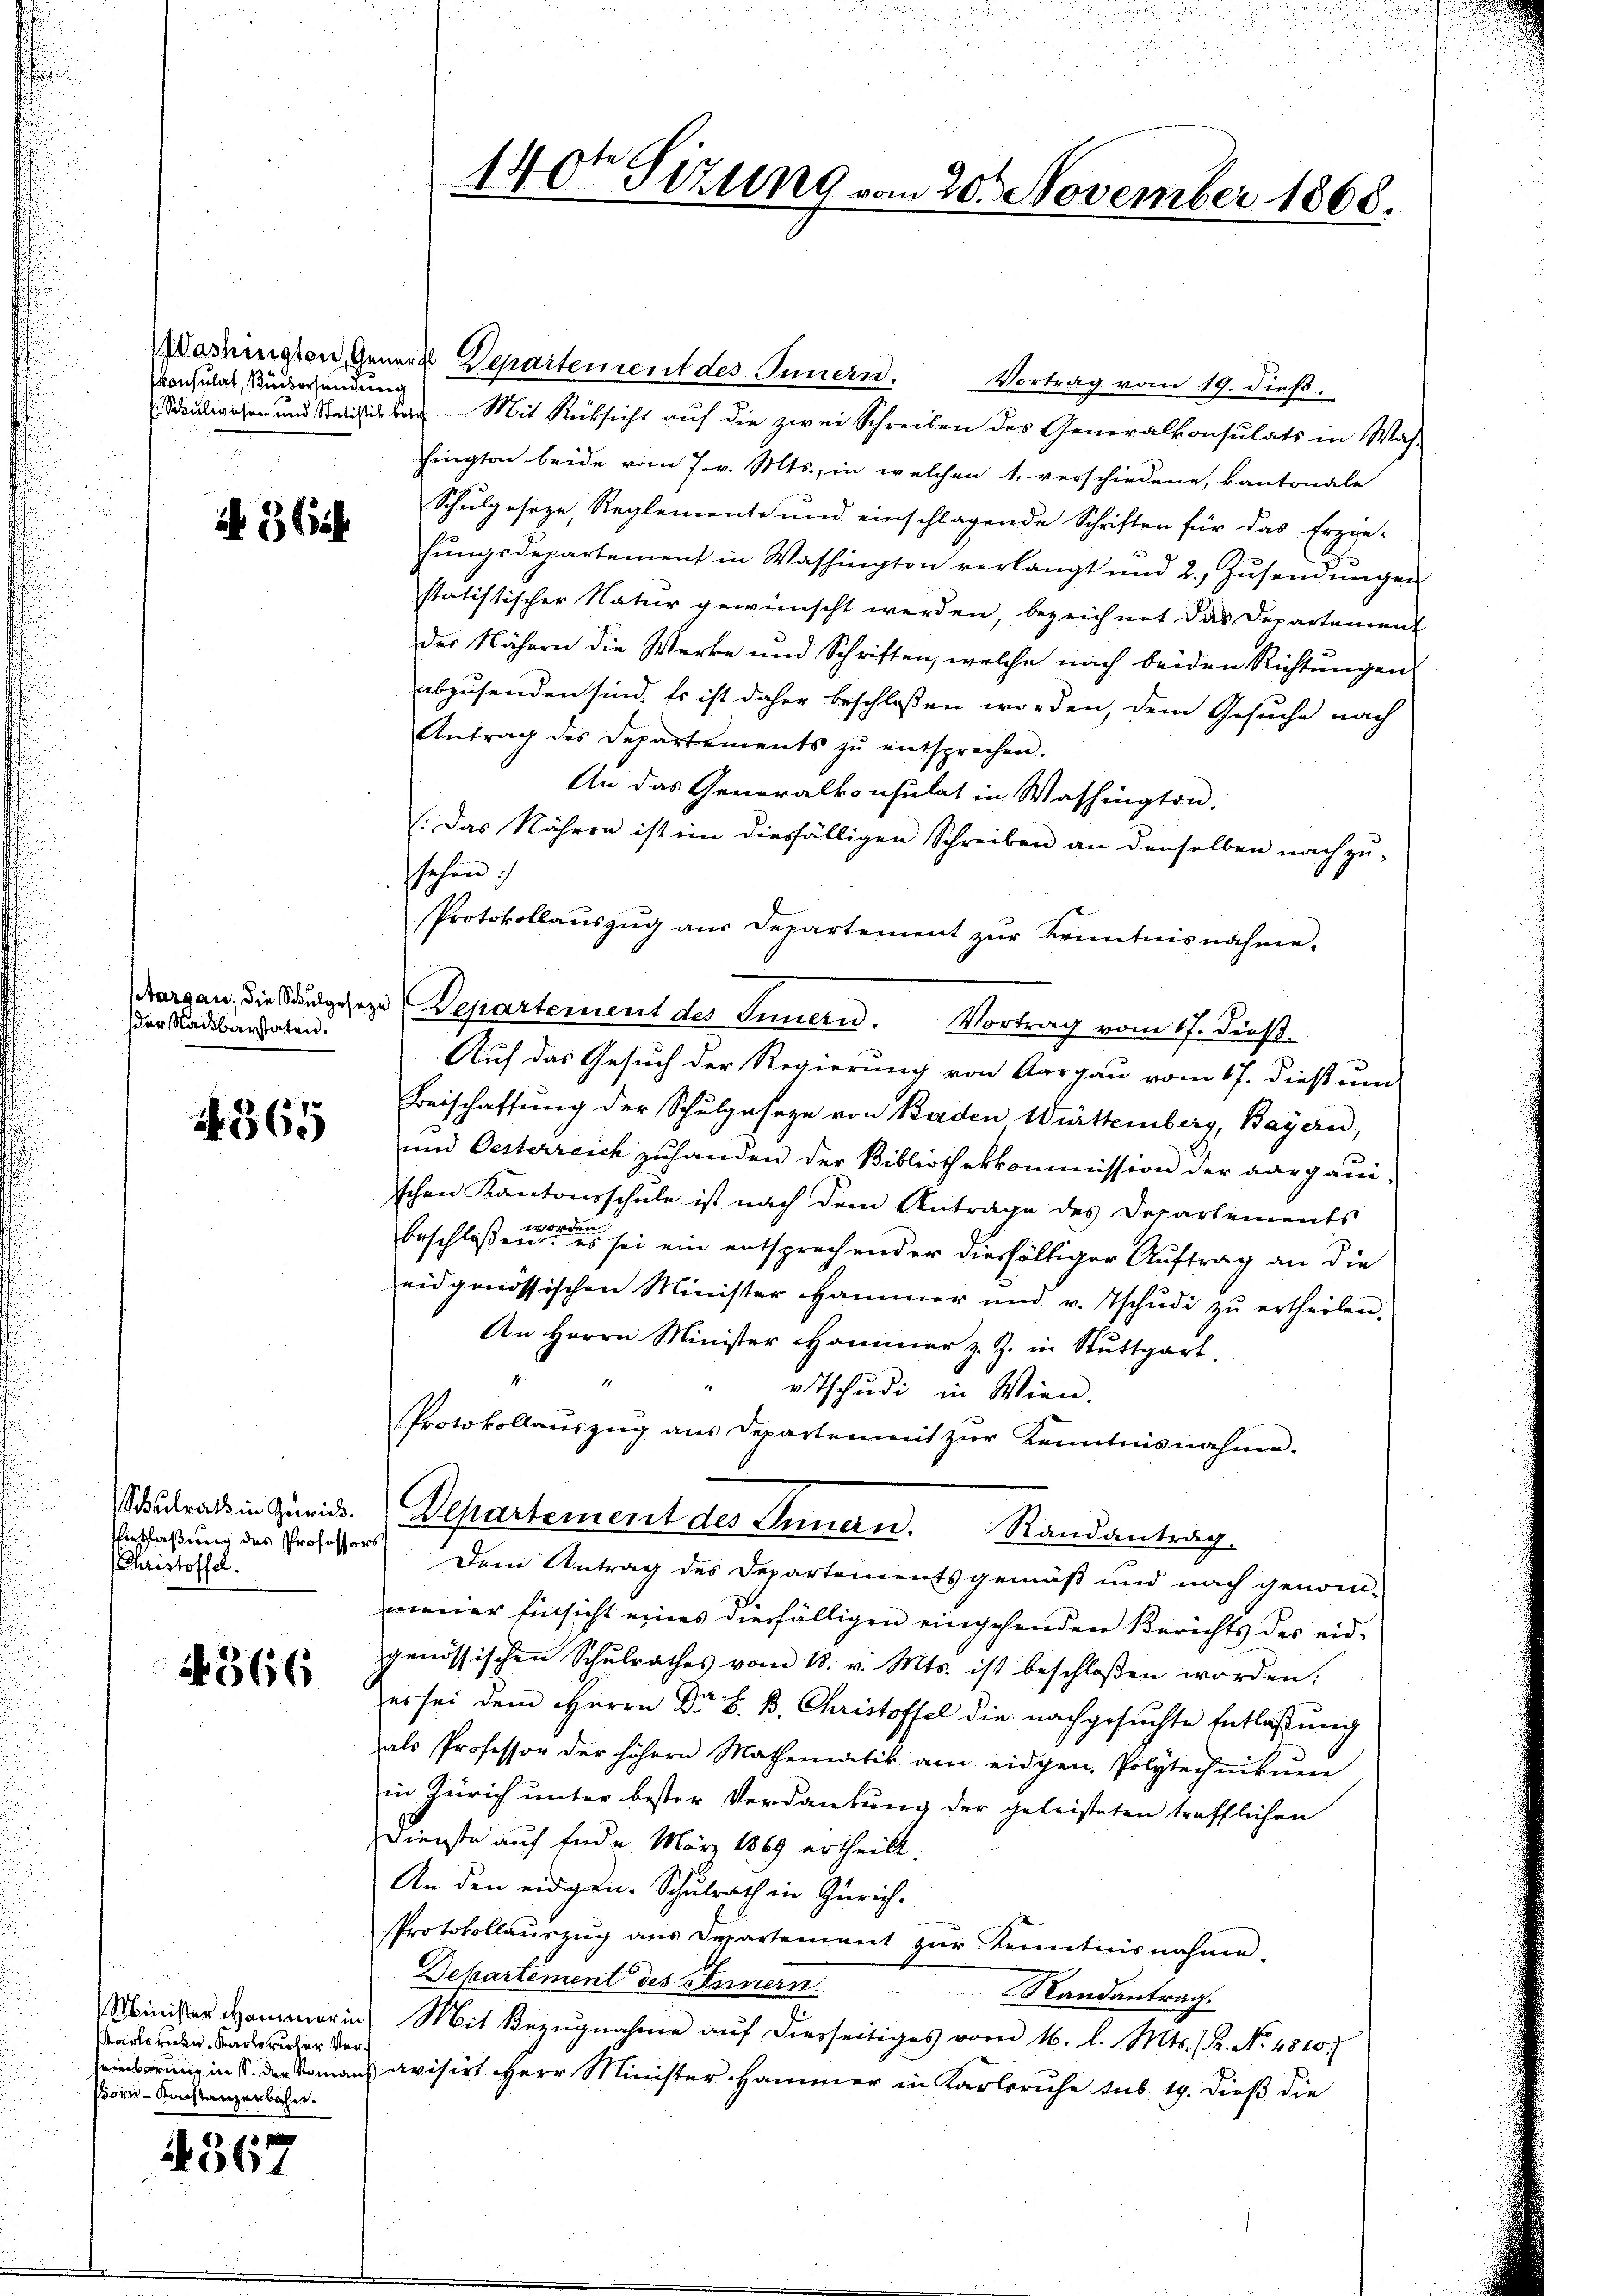
konsulat, übersendung

i 3 Cit

der Nachbarstaten.

365

Entlaßung des Professors
Christoffel.

4366

Minister Hammer in
Kartorien, Karlsruher Versare Konstanzerbahn.

4367

Workigten Gener Departenient des Innern.
Vortrag vom 19. dieß.
Schulwesen und Salisieben Mit Rücksicht auf die zwei Schreiben des Generalkonsulats in Was-
fington beide vom 7. v. Mts., in welchen 1, verschiedene, kantonale
Schulgeseze, Reglemente und einschlagende Schriften für das Erzie-
hŭngsdepartement in Washington verlangt und 2. Zŭsendŭngen
statistischer Natur gewünscht werden, bezeichnet das Departement
der Nähern die Werke und Schriften, welche nach beiden Richtungen
abzusenden sind. Es ist daher beschlossen worden, dem Gesuche nach
Antrag des Departements zŭ entsprechen.
An das Generalkonsulat in Washington.
(Das Nähren ist im diesfälligen Schreiben an denselben nach zu-
sehen:
Protokollaŭszŭg aŭs Departement zŭr Kenntnisnahme.
Margau, die Sandgeseze Departement des Innern. Vortrag vom 17. dieß¬
Auf das Gesuch der Regierung von Aargau vom 17. dieß um
Beischaffung der Schulgeseze von Baden Württemberg, Bayern,
und Oesterreich zuhanden der Bibliothekkommission der aargaui-
schen Kantonsschule ist nach dem Antrage des Departements
beschloßen in die es sei ein entsprechender diesfältiger Auftrag an die
eidgenössischen Minister Hammer und v. Tschŭdi zŭ ertheilen.
An Herrn Minister Hammer z. Z. in Stuttgart.
"otschudi in Wien.
Protokollaŭszŭg ans Departenmit zŭr Kenntnisnahme.
Schulrats in Zürich. Departement des Innern. Randantrag
Dem Antrag des Departements gemäß und nach genom-
meiner Einsicht eines diesfälligen eingehenden Berichts des eidgenössischen Schŭlrathes vom 18. v. Mts. ist beschloßen worden.
es sei dem Herrn Dr B. B. Christoffel die nachgesuchte Entlaßung
als Professor der höhern Mathematik am eidgen, Polytechnikum
in Zürich unter bester Verdankung der geleisteten trefflichen
Dienste auf Ende März 1869 ertheilt.
An den eidgen. Schulrath in Zürich-
Protokollauszug aus Departement zur Kenntnisnahme.
Departement des Innern
Randantrag.
Mit Bezŭgnahme aŭf dierseitiges vom 16. l. Mts. (R. No. 1810.
einsprung in S. der Finanz avisirt Herr Minister Hammer in Karlsruhe sub 19. dieß die

140t Sezung vom 20. November 1868.